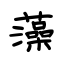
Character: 藻